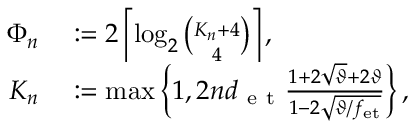
\begin{array} { r l } { \Phi _ { n } } & { { } : = 2 \left\lceil \log _ { 2 } \binom { K _ { n } + 4 } { 4 } \right\rceil , } \\ { K _ { n } } & { { } : = \operatorname* { m a x } \left\{ 1 , 2 n d _ { \mathrm { ~ e ~ t ~ } } \frac { 1 + 2 \sqrt { \vartheta } + 2 \vartheta } { 1 - 2 \sqrt { \vartheta / f _ { \mathrm { e t } } } } \right\} , } \end{array}